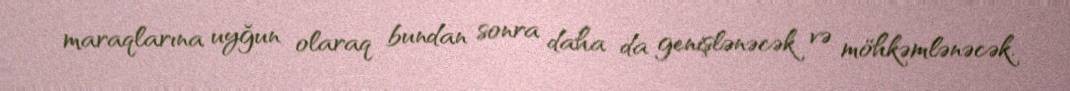
maraqlarına uyğun olaraq bundan sonra daha da genişlənəcək və möhkəmlənəcək.